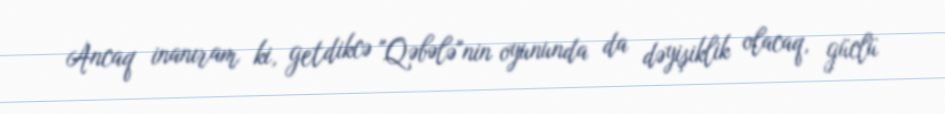
Ancaq inanıram ki, getdikcə "Qəbələ"nin oyununda da dəyişiklik olacaq, güclü